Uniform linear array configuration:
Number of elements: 32
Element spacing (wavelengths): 1
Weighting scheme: hann
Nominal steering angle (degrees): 15
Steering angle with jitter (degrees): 14.912
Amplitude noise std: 0.05
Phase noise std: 0.05

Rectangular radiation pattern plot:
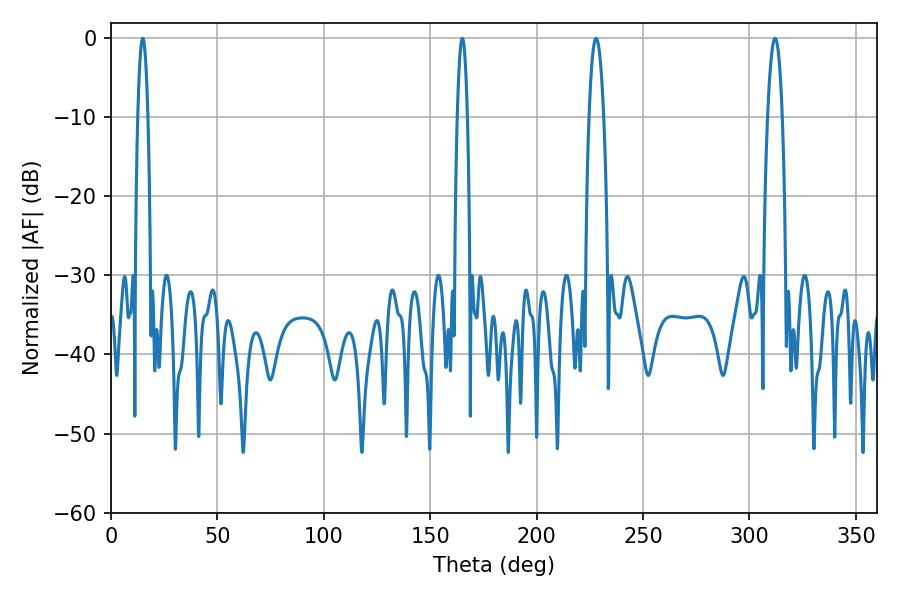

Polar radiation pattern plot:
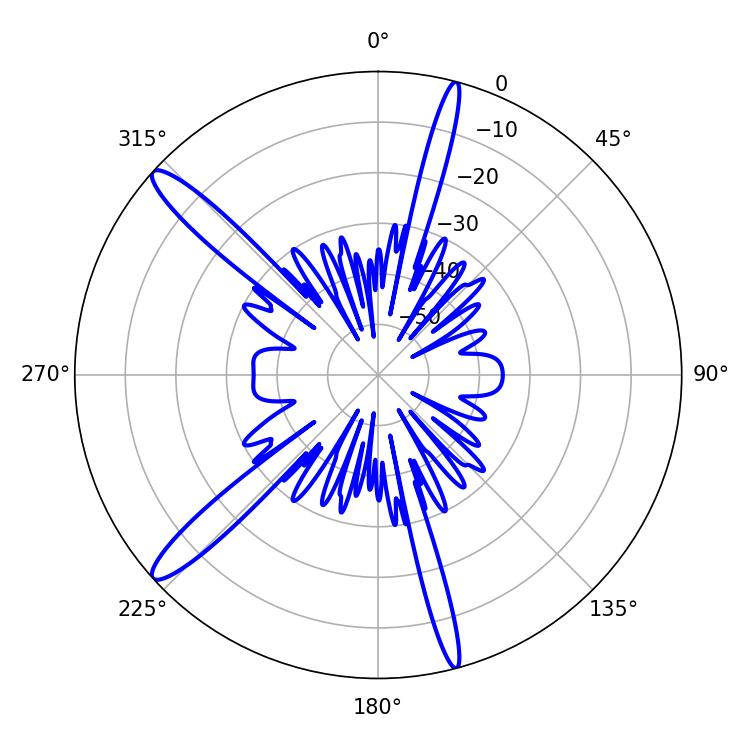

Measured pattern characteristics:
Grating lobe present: TRUE
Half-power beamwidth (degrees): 2.52
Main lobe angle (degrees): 14.94